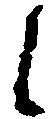
候